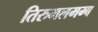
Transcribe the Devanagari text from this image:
तिरुमलमम्ब